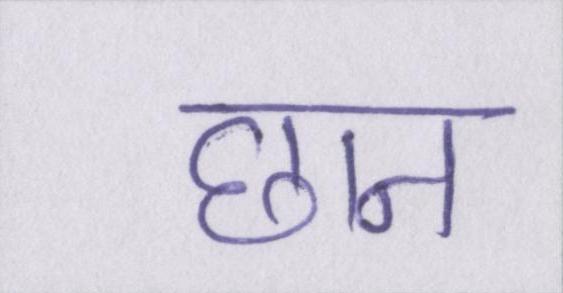
छान